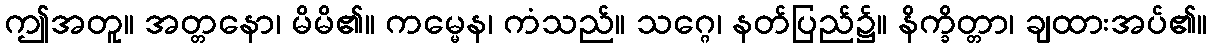
ဤအတူ။ အတ္တနော၊ မိမိ၏။ ကမ္မေန၊ ကံသည်။ သဂ္ဂေ၊ နတ်ပြည်၌။ နိက္ခိတ္တာ၊ ချထားအပ်၏။